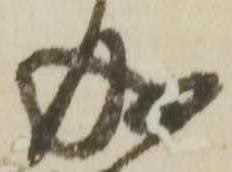
成